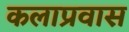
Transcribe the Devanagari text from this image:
कलाप्रवास